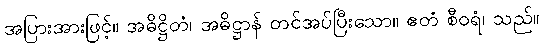
အပြားအားဖြင့်။ အဓိဋ္ဌိတံ၊ အဓိဋ္ဌာန် တင်အပ်ပြီးသော။ ဧတံ စီဝရံ၊ သည်။